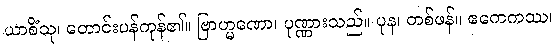
ယာစိံသု၊ တောင်းပန်ကုန်၏။ ဗြာဟ္မဏော၊ ပုဏ္ဏားသည်။ ပုန၊ တစ်ဖန်။ ဧကေကဿ၊